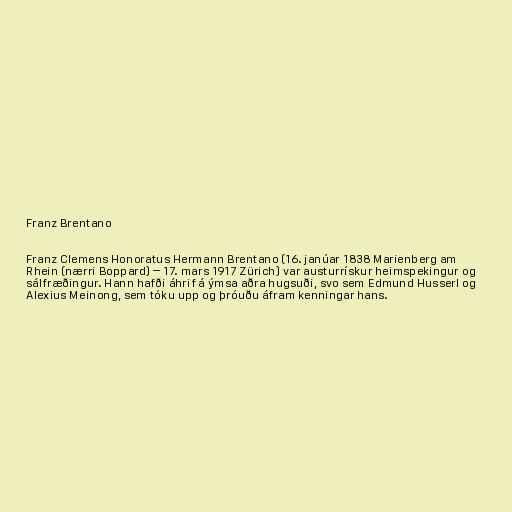
Franz Brentano

Franz Clemens Honoratus Hermann Brentano (16. janúar 1838 Marienberg am
Rhein (nærri Boppard) – 17. mars 1917 Zürich) var austurrískur heimspekingur og
sálfræðingur. Hann hafði áhrif á ýmsa aðra hugsuði, svo sem Edmund Husserl og
Alexius Meinong, sem tóku upp og þróuðu áfram kenningar hans.